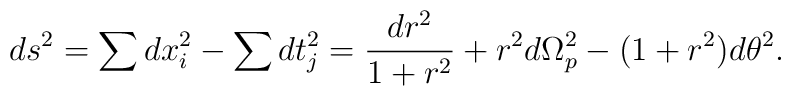
ds^2 = \sum dx_i^2 - \sum dt_j^2= \frac{dr^2}{1 + r^2} + r^2 d\Omega_p^2 - (1 + r^2) d\theta^2.